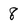
Character: 8